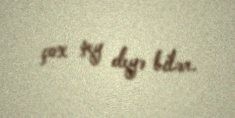
çox şey deyə bilər.